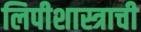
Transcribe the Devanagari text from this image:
लिपीशास्त्राची